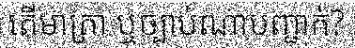
តើមាត្រា ឬច្បាប់ណាបញ្ជាក់?